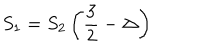
S _ { 1 } = S _ { 2 } \left( \frac { 3 } { 2 } - \Delta \right)